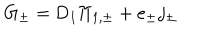
\mathrm { G } _ { \pm } = \mathrm { D } _ { 1 } { \Pi } _ { 1 , \pm } + e _ { \pm } j _ { \pm }